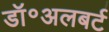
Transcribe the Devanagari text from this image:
डॉ॰अलबर्ट